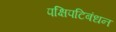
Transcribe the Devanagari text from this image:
पक्षिपटिबंधन